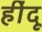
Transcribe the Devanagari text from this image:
हींदू